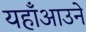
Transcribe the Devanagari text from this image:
यहाँआउने